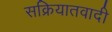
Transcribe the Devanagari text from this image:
सक्रियातवादी